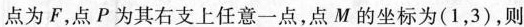
点为F，点P为其右支上任意一点，点M的坐标为(1，3)，则